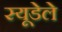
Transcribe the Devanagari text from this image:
स्यूडेले